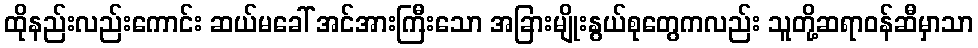
ထိုနည်းလည်းကောင်း ဆယ်မခေါ် အင်အားကြီးသော အခြားမျိုးနွယ်စုတွေကလည်း သူတို့ဆရာဝန်ဆီမှာသာ